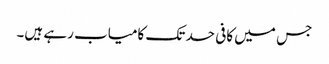
جس میں کافی حد تک کامیاب رہے ہیں۔